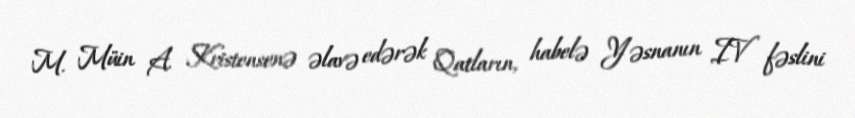
M. Müin A. Kristensenə əlavə edərək Qatların, habelə Yəsnanın IV fəslini